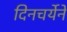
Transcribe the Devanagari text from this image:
दिनचर्येने